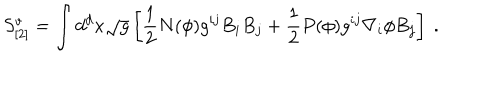
S _ { [ 2 ] } ^ { v } = \int d ^ { d } x \sqrt { g } \left[ \frac { 1 } { 2 } N ( \phi ) g ^ { i j } B _ { i } B _ { j } + \frac { 1 } { 2 } P ( \phi ) g ^ { i j } \nabla _ { i } \phi B _ { j } \right] ~ .